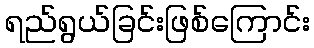
ရည်ရွယ်ခြင်းဖြစ်ကြောင်း